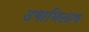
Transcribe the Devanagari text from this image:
उषाभिलाष